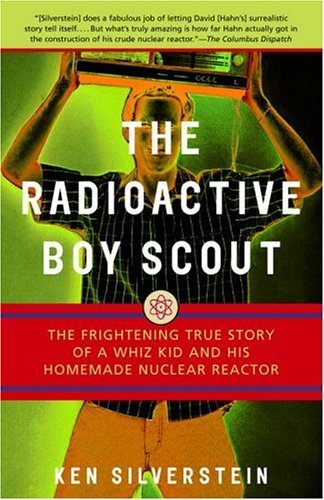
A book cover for The Radioactive Boy Scout: The Frightening True Story of a Whiz Kid and His Homemade Nuclear Reactor; Ken Silverstein; Science & Math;